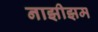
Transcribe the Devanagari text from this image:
नाझीझम